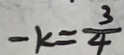
- k = \frac { 3 } { 4 }